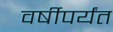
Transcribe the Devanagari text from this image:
वर्षीपर्यंत